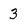
Character: 3